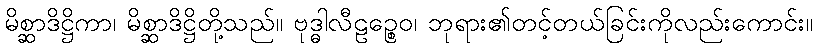
မိစ္ဆာဒိဋ္ဌိကာ၊ မိစ္ဆာဒိဋ္ဌိတို့သည်။ ဗုဒ္ဓါလီဠဉ္စေဝ၊ ဘုရား၏တင့်တယ်ခြင်းကိုလည်းကောင်း။